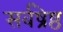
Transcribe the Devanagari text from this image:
सर्वष्रेष्ठ